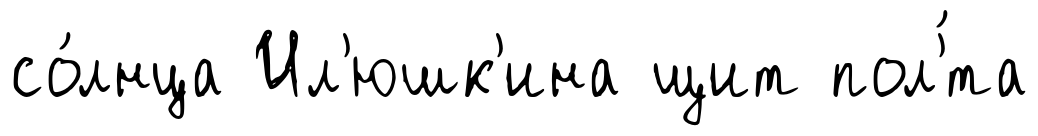
со́лнца Ил'юшк'ина щит пол'́та